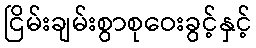
ငြိမ်းချမ်းစွာစုဝေးခွင့်နှင့်